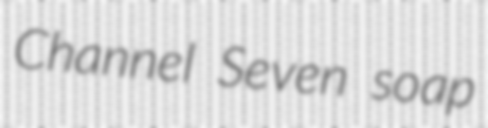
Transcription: Channel Seven soap